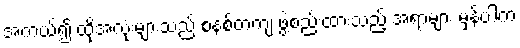
အကယ်၍ ထိုအလုံးများသည် စနစ်တကျ ဖွဲ့စည်းထားသည့် အရာများ မှန်ပါက